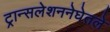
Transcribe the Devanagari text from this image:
ट्रान्सलेशननेघेतले